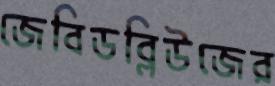
জেবিডব্লিউজের